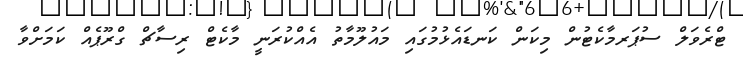
ޓްރެވަލް ސުޕަރމާކެޓުން މިކަން ކަނޑައެޅުމުގައި މައުލޫމާތު އެއްކުރަނީ މާކެޓް ރިސާޗް ގްރޫޕެއް ކަމަށްވާ